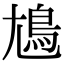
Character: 𡰎